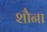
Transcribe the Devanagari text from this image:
शौना